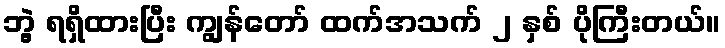
ဘွဲ့ ရရှိထားပြီး ကျွန်တော် ထက်အသက် ၂ နှစ် ပိုကြီးတယ်။